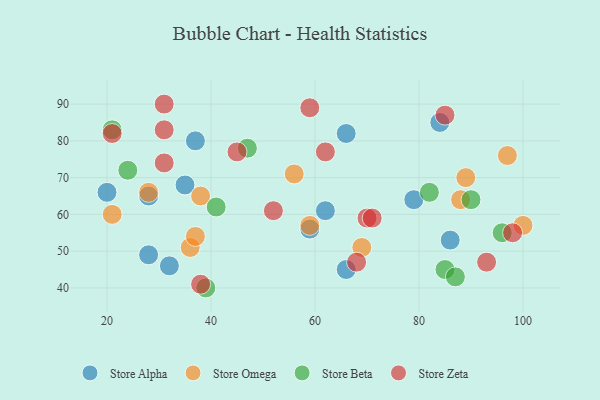
{"axis": {"x": "GDP", "y": "Life Expectancy"}, "legend": ["Store Alpha", "Store Beta", "Store Omega", "Store Zeta"], "data": [{"x": "32", "y": 46, "type": "Store Alpha"}, {"x": "79", "y": 64, "type": "Store Alpha"}, {"x": "86", "y": 53, "type": "Store Alpha"}, {"x": "84", "y": 85, "type": "Store Alpha"}, {"x": "35", "y": 68, "type": "Store Alpha"}, {"x": "28", "y": 65, "type": "Store Alpha"}, {"x": "66", "y": 82, "type": "Store Alpha"}, {"x": "59", "y": 56, "type": "Store Alpha"}, {"x": "37", "y": 80, "type": "Store Alpha"}, {"x": "66", "y": 45, "type": "Store Alpha"}, {"x": "28", "y": 49, "type": "Store Alpha"}, {"x": "62", "y": 61, "type": "Store Alpha"}, {"x": "20", "y": 66, "type": "Store Alpha"}, {"x": "28", "y": 66, "type": "Store Omega"}, {"x": "38", "y": 65, "type": "Store Omega"}, {"x": "56", "y": 71, "type": "Store Omega"}, {"x": "36", "y": 51, "type": "Store Omega"}, {"x": "89", "y": 70, "type": "Store Omega"}, {"x": "21", "y": 60, "type": "Store Omega"}, {"x": "59", "y": 57, "type": "Store Omega"}, {"x": "100", "y": 57, "type": "Store Omega"}, {"x": "69", "y": 51, "type": "Store Omega"}, {"x": "37", "y": 54, "type": "Store Omega"}, {"x": "97", "y": 76, "type": "Store Omega"}, {"x": "88", "y": 64, "type": "Store Omega"}, {"x": "41", "y": 62, "type": "Store Beta"}, {"x": "39", "y": 40, "type": "Store Beta"}, {"x": "21", "y": 83, "type": "Store Beta"}, {"x": "85", "y": 45, "type": "Store Beta"}, {"x": "90", "y": 64, "type": "Store Beta"}, {"x": "24", "y": 72, "type": "Store Beta"}, {"x": "87", "y": 43, "type": "Store Beta"}, {"x": "82", "y": 66, "type": "Store Beta"}, {"x": "47", "y": 78, "type": "Store Beta"}, {"x": "96", "y": 55, "type": "Store Beta"}, {"x": "70", "y": 59, "type": "Store Zeta"}, {"x": "45", "y": 77, "type": "Store Zeta"}, {"x": "98", "y": 55, "type": "Store Zeta"}, {"x": "59", "y": 89, "type": "Store Zeta"}, {"x": "31", "y": 74, "type": "Store Zeta"}, {"x": "93", "y": 47, "type": "Store Zeta"}, {"x": "85", "y": 87, "type": "Store Zeta"}, {"x": "71", "y": 59, "type": "Store Zeta"}, {"x": "38", "y": 41, "type": "Store Zeta"}, {"x": "52", "y": 61, "type": "Store Zeta"}, {"x": "62", "y": 77, "type": "Store Zeta"}, {"x": "31", "y": 83, "type": "Store Zeta"}, {"x": "21", "y": 82, "type": "Store Zeta"}, {"x": "68", "y": 47, "type": "Store Zeta"}, {"x": "31", "y": 90, "type": "Store Zeta"}]}